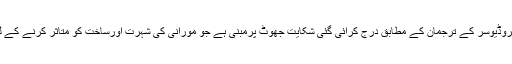
دوسری جانب پروڈیوسر کے ترجمان کے مطابق درج کرائی گئی شکایت جھوٹ پرمبنی ہے جو مورانی کی شہرت اورساخت کو متاثر کرنے کے لیے کیا گیا ہے۔